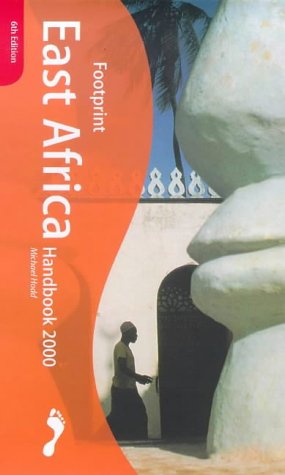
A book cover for East Africa Handbook 2000; Michael Hodd; Travel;